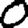
Digit: 0